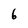
Character: 6